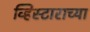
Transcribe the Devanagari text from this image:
व्हिस्टाराच्या